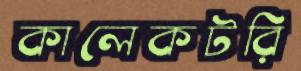
কালেকটরি